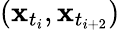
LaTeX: (\mathbf{x}_{t_{i}},\mathbf{x}_{t_{i+2}})